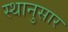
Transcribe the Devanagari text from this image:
स्थानुसार